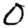
Digit: 0